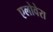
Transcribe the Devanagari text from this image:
एलोवेरा